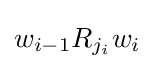
w_{i-1}R_{j_{i}}w_{i}